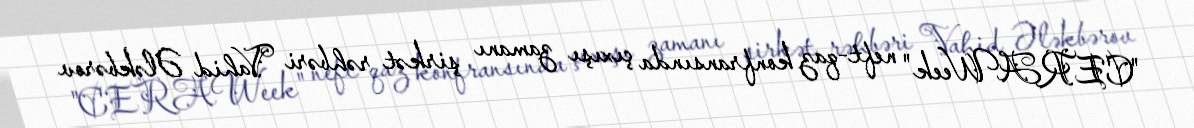
"CERAWeek" neft-qaz konfransında çıxışı zamanı şirkət rəhbəri Vahid Ələkbərov